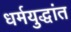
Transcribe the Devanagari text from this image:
धर्मयुद्धांत